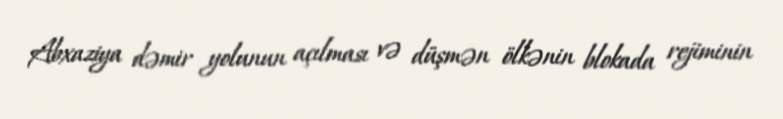
Abxaziya dəmir yolunun açılması və düşmən ölkənin blokada rejiminin